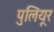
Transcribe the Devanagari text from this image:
पुलियूर